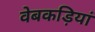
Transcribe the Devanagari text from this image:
वेबकड़ियां